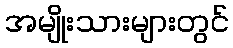
အမျိုးသားများတွင်